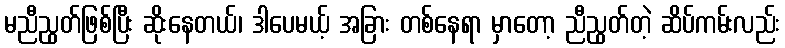
မညီညွတ်ဖြစ်ပြီး ဆိုးနေတယ်၊ ဒါပေမယ့် အခြား တစ်နေရာ မှာတော့ ညီညွတ်တဲ့ ဆိပ်ကမ်းလည်း